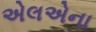
એલએના